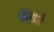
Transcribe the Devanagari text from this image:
फॅराडे